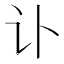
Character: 讣